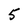
Character: 5